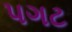
પગટ